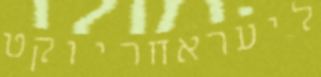
ליעראחריוקט